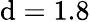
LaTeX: \mathrm{d}=1.8